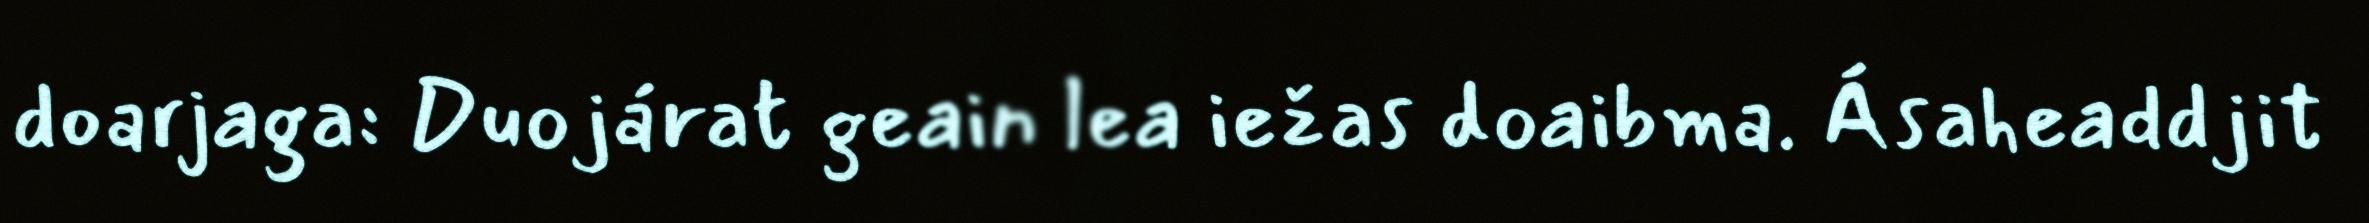
doarjaga: Duojárat geain lea iežas doaibma. Ásaheaddjit